Sketch of the medical history of the native army of Bombay, for the year
Year: 1872
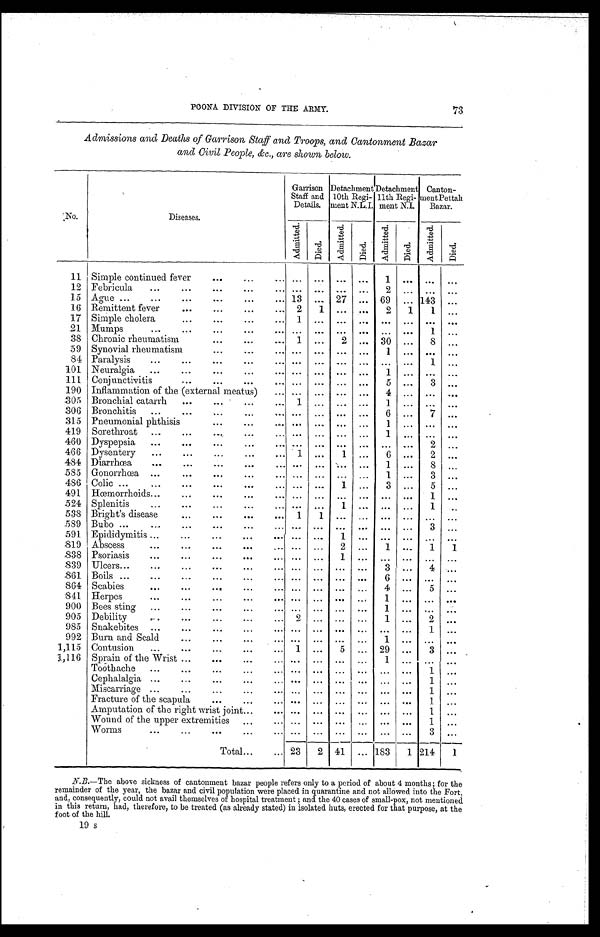
POONA DIVISION OF THE ARMY. 73
Admissions and Deaths of Garrison Staff and Troops, and Cantonment Bazar
and Civil People, &c., are shown below.
No.
Diseases.
Garrison
Staff and
Details.
Detachment 10th Regi-
ment N.L.I.
Detachment
11th Regi-
ment N.I.
Canton
-ment Pettah
Bazar.
Admi t t ed.
Died
Admi t t e d.
Died.
Admi t t e d.
Died.
Admi t t e d.
D i e d .
1 1 Simple continued fever
. . .
...
. . .
. . .
1
. . . . . .
. . .
12 Febricula
. . .
...
. . .
. . . 2 ...
. . .
...
15 Ague
13
. . . 27 ... 69 ... 143
. . .
16 Remittent fever
2
1
. . .
. . .
2
1
1
. . .
17 Simple cholera
1
. . .
. . .
. . .
. . .
. . .
. . .
. . .
21 Mumps
. . . ...
. . .
. . .
. . .
. . . 1
. . .
38 Chronic rheumatism
1
. . .
2 ... 30
. . . 8
. . .
59 Synovial rheumatism
. . . ...
. . .
. . .
1
. . .
. . .
. . .
84 Paralysis
. . . ...
. . .
. . .
. . .
. . . 1
. . .
101 Neuralgia
. . . ...
. . .
. . .
1
. . .
. . .
. . .
111 Conjunctivitis
. . . ...
. . .
. . . 5 ...
3 ...
190 Inflammation of the (external meatus)
. . . ...
. . .
. . .
4
. . .
. . .
. . .
305 Bronchial catarrh
1
...
. . .
. . .
1
. . .
. . .
. . .
306 Bronchitis
. . . ...
. . .
. . . 6 ...
7
. . .
315 Pneumonial phthisis
. . .
. . .
. . .
. . .
1
. . .
. . .
. . .
419 Sorethroat
. . . ...
. . .
. . . 1
. . .
. . .
. . .
460 Dyspepsia
. . . ...
. . .
. . .
. . .
. . .
2
. . .
466 Dysentery
1
. . .
1 ...
6
. . . 2
. . .
484 Diarrhœa
. . . ...
. . .
. . .
1 ...
8 ...
585 Gonorrhœa
. . . ...
. . .
. . .
1 ...
3 ...
486 Colic
. . . ...
1 ...
3 ...
5 ...
491 Hœmorrhoids
. . . ...
. . .
. . .
. . .
. . . 1 ...
524 Splenitis
. . . ...
1
. . .
. . .
. . . 1
. . .
538 Bright's disease
1
1
. . .
. . .
. . .
. . .
. . .
. . .
589 Bubo
. . . ...
. . .
. . .
. . .
. . . 3 ...
591 Epididymitis
. . . ...
1
. . .
. . .
. . .
. . .
. . .
819 Abscess
. . . ...
2 ...
1
. . . 1
1
838 Psoriasis
... ...
1
. . .
. . .
. . .
. . .
. . .
839 Ulcers
. . . ...
. . .
. . .
3 ...
4
. . .
861 Boils
. . . ...
. . .
. . .
6
. . .
. . .
. . .
864 Scabies
. . . ...
. . .
. . . 4 ...
5 ...
841 Herpes
. . .
. . .
. . .
. . .
1
. . .
. . .
. . .
900 Bees sting
. . . ...
. . .
. . .
1 ...
. . .
. . .
905 Debility
2 ...
. . .
. . .
1
. . .
2
. . .
985 Snakebites
. . . ...
. . .
. . .
. . .
. . . 1 ...
992 Burn and Scald
. . . ...
. . .
. . .
1 ... ... ...
1,115 Contusion
1 ...
5 ... 29
. . .
3 ...
1,116 Sprain of the Wrist
. . . ...
. . .
. . .
1
. . .
. . . ...
Toothache
. . . ...
. . .
. . .
. . .
. . .
1 ...
Cephalalgia
. . . ...
. . .
. . .
. . .
. . .
1
. . .
Miscarriage
. . . ...
. . .
. . .
. . .
. . .
1 ...
Fracture of the scapula
. . . ...
. . .
. . .
. . .
. . .
1
. . .
Amputation of the right wrist joint
. . . ...
. . .
. . .
. . .
. . .
1
. . .
Wound of the upper extremities
. . . ...
. . .
. . .
. . .
. . .
1
. . .
Worms
. . . ...
. . .
. . .
. . .
. . .
3 ...
Total
23
2 41 ... 183
1 214
1
N.B.—The above sickness of cantonment bazar people refers only to a period of about 4 months; for the
remainder of the year, the bazar and civil population were placed in quarantine and not allowed into the Fort,
and, consequently, could not avail themselves of hospital treatment; and the 40 cases of small-pox, not mentioned
in this return, had, therefore, to be treated (as already stated) in isolated huts, erected for that purpose, at the
foot of the hill.
19 s